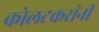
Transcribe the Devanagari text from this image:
कोलटकरांनी